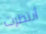
أنتظرت